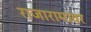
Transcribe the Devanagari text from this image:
राजारामावर